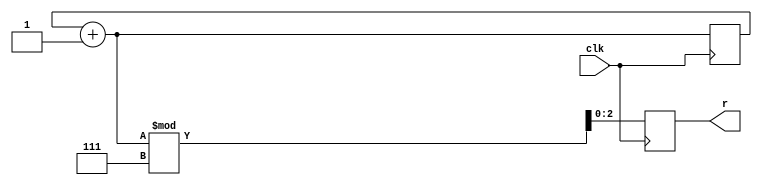
`timescale 1ns / 1ps
//////////////////////////////////////////////////////////////////////////////////
// Company: 
// Engineer: 
// 
// Design Name: 
// Module Name: randomizer
// Project Name: 
// Target Devices: 
// Tool Versions: 
// Description: 
// 
// Dependencies: 
// 
// Revision:
// Revision 0.01 - File Created
// Additional Comments:
// 
//////////////////////////////////////////////////////////////////////////////////


module randomizer(
input clk,
output reg [2:0]r
    );
reg [10:0]num=0;
always @(posedge clk)begin
num=num+1;
r= num%7;
end
endmodule